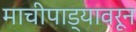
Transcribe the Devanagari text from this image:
माचीपाड्यावरून